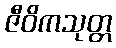
ဇီဝိကသုတ္တ